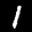
Label: 1